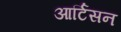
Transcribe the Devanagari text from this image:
आर्टिसन